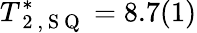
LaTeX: T_{\mathrm{~2~,~S~Q~}}^{*}=8.7(1)